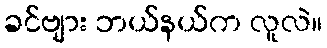
ခင်ဗျား ဘယ်နယ်က လူလဲ။